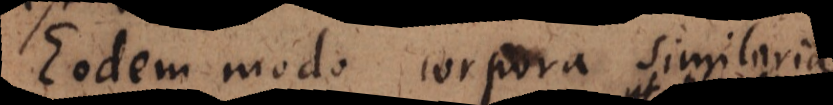
Eodem modo corpora similaria